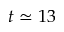
t \simeq 1 3